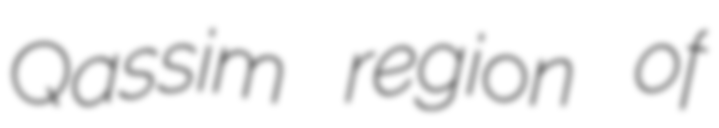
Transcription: Qassim region of